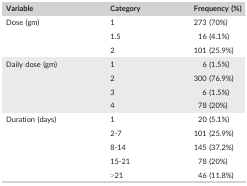
<table><thead><tr><td><b>Variable</b></td><td><b>Category</b></td><td><b>Frequency (%)</b></td></tr></thead><tbody><tr><td rowspan="3">Dose (gm)</td><td>1</td><td>273 (70%)</td></tr><tr><td>1.5</td><td>16 (4.1%)</td></tr><tr><td>2</td><td>101 (25.9%)</td></tr><tr><td rowspan="4">Daily dose (gm)</td><td>1</td><td>6 (1.5%)</td></tr><tr><td>2</td><td>300 (76.9%)</td></tr><tr><td>3</td><td>6 (1.5%)</td></tr><tr><td>4</td><td>78 (20%)</td></tr><tr><td rowspan="5">Duration (days)</td><td>1</td><td>20 (5.1%)</td></tr><tr><td>2‐7</td><td>101 (25.9%)</td></tr><tr><td>8‐14</td><td>145 (37.2%)</td></tr><tr><td>15‐21</td><td>78 (20%)</td></tr><tr><td>&gt;21</td><td>46 (11.8%)</td></tr></tbody></table>